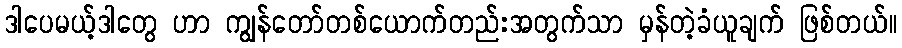
ဒါပေမယ့်ဒါတွေ ဟာ ကျွန်တော်တစ်ယောက်တည်းအတွက်သာ မှန်တဲ့ခံယူချက် ဖြစ်တယ်။